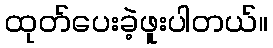
ထုတ်ပေးခဲ့ဖူးပါတယ်။